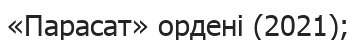
«Парасат» ордені (2021);